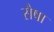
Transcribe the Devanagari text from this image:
सैषा